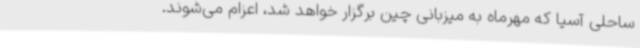
ساحلی آسیا که مهرماه به میزبانی چین برگزار خواهد شد، اعزام می‌شوند.